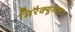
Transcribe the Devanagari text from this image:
मिरैक्यूलसः